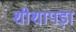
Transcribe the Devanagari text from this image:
शीशापड़ा